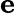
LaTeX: \boldsymbol{\mathrm{e}}